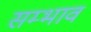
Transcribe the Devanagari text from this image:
सम्भाव